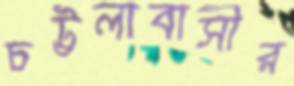
চট্টলাবাসীর